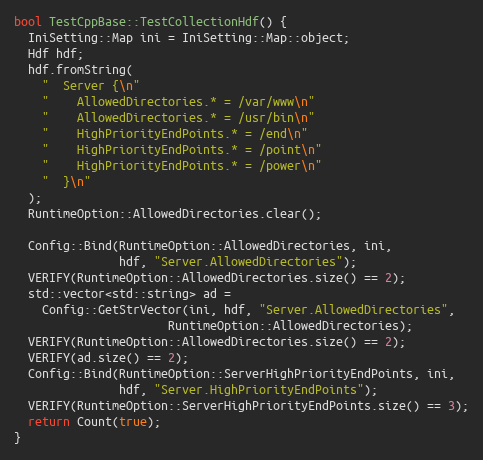
Language: C++
bool TestCppBase::TestCollectionHdf() {
  IniSetting::Map ini = IniSetting::Map::object;
  Hdf hdf;
  hdf.fromString(
    "  Server {\n"
    "    AllowedDirectories.* = /var/www\n"
    "    AllowedDirectories.* = /usr/bin\n"
    "    HighPriorityEndPoints.* = /end\n"
    "    HighPriorityEndPoints.* = /point\n"
    "    HighPriorityEndPoints.* = /power\n"
    "  }\n"
  );
  RuntimeOption::AllowedDirectories.clear();

  Config::Bind(RuntimeOption::AllowedDirectories, ini,
               hdf, "Server.AllowedDirectories");
  VERIFY(RuntimeOption::AllowedDirectories.size() == 2);
  std::vector<std::string> ad =
    Config::GetStrVector(ini, hdf, "Server.AllowedDirectories",
                      RuntimeOption::AllowedDirectories);
  VERIFY(RuntimeOption::AllowedDirectories.size() == 2);
  VERIFY(ad.size() == 2);
  Config::Bind(RuntimeOption::ServerHighPriorityEndPoints, ini,
               hdf, "Server.HighPriorityEndPoints");
  VERIFY(RuntimeOption::ServerHighPriorityEndPoints.size() == 3);
  return Count(true);
}